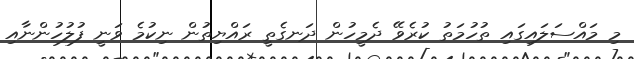
މި މައްސަލައިގައި ތުހުމަތު ކުރެވޭ ދެމީހުން ދަނގެތީ ރައްޔިތުން ނިކުމެ ވަނީ ފުލުހުންނާއި